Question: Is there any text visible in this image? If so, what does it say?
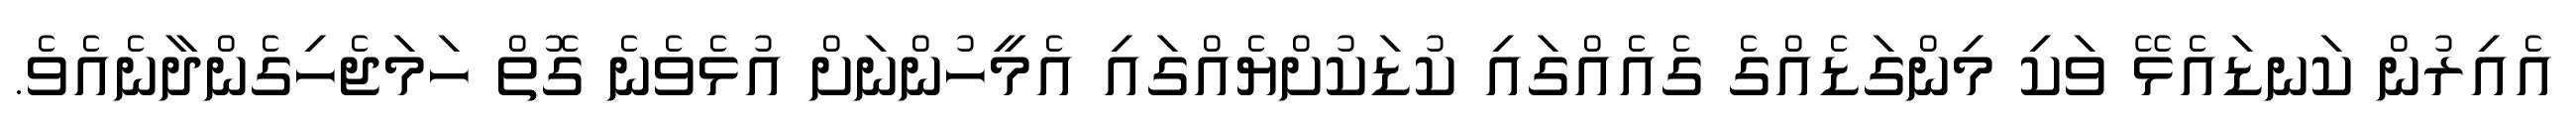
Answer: އެއިރުން ކަނޑައެޅޭ ވަކި މިންގަޑެއްގެ ގެއެއްގައި ކުޑަކުށްޔެއްގައި އެމީހުންނަށް އުޅެވެނެ ގޮތް ހަމަޖެހިގެންދާނެއެވެ.